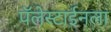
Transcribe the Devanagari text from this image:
पॅलेस्टाईनला